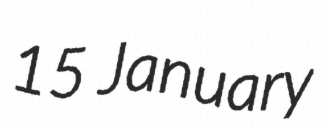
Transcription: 15 January